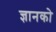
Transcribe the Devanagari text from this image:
ज्ञानको